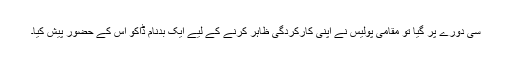
سی دورے پر گیا تو مقامی پولیس نے اپنی کارکردگی ظاہر کرنے کے لیے ایک بدنام ڈاکو اس کے حضور پیش کیا۔